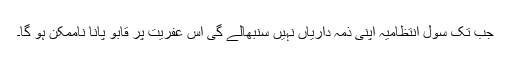
جب تک سول انتظامیہ اپنی ذمہ داریاں نہیں سنبھالے گی اس عفریت پر قابو پانا ناممکن ہو گا۔